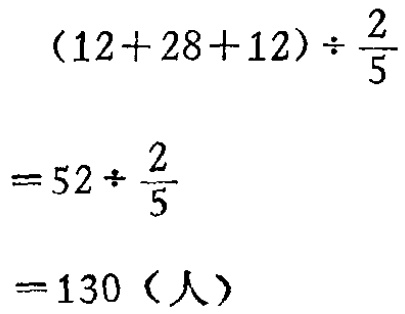
\[

\begin{align*}

&(12 + 28 + 12)\div\frac{2}{5}\\

=&52\div\frac{2}{5}\\

=&130（人）

\end{align*}

\]